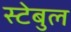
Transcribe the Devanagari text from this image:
स्टेबुल